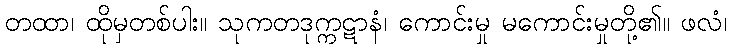
တထာ၊ ထိုမှတစ်ပါး။ သုကတဒုက္ကဋာနံ၊ ကောင်းမှု မကောင်းမှုတို့၏။ ဖလံ၊